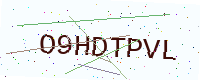
Text: O9HDTPVL